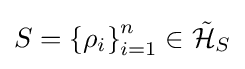
S=\left\{\rho _{i}\right\}_{i=1}^{n}\in {\mathcal {\tilde {H}}}_{S}